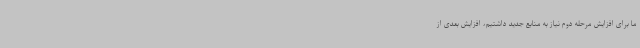
ما برای افزایش مرحله دوم نیاز به منابع جدید داشتیم، افزایش بعدی از